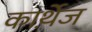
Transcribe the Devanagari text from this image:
कार्थ़ेज